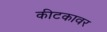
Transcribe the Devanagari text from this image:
कीटकावर